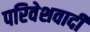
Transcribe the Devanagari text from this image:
परिवेशवादी